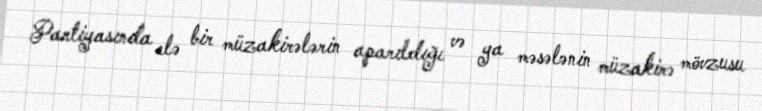
Partiyasında elə bir müzakirələrin aparıldığı və ya məsələnin müzakirə mövzusu